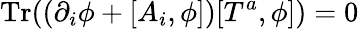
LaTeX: \mathrm{Tr}((\partial_{i}\phi+[A_{i},\phi])[T^{a},\phi])=0